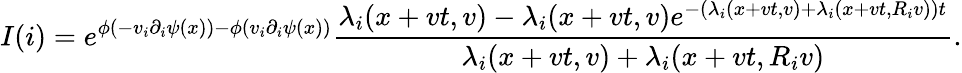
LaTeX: I(i)=e^{\phi(-v_{i}\partial_{i}\psi(x))-\phi(v_{i}\partial_{i}\psi(x))}\frac{\lambda_{i}(x+vt,v)-\lambda_{i}(x+vt,v)e^{-(\lambda_{i}(x+vt,v)+\lambda_{i}(x+vt,R_{i}v))t}}{\lambda_{i}(x+vt,v)+\lambda_{i}(x+vt,R_{i}v)}.